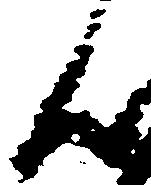
ん